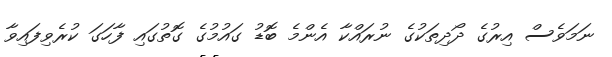
ނަމަވެސް އިރުގެ ދޯދިތަކުގެ ނުރައްކާ އެންމެ ބޮޑު ގައުމުގެ ގޮތުގައި ފާހަގަ ކުރެވިފައިވާ